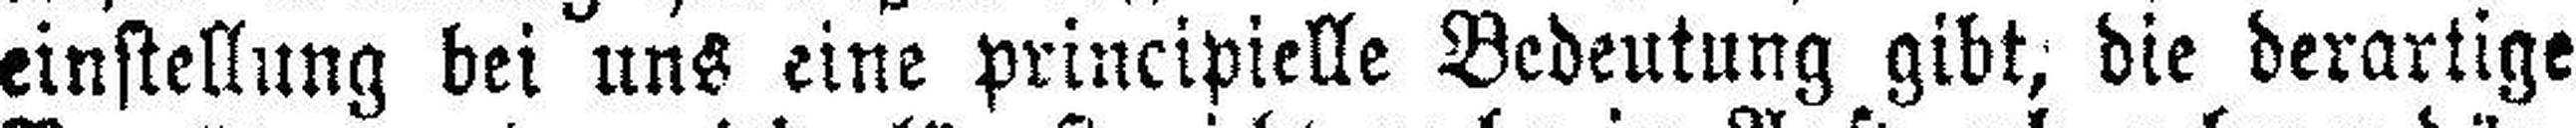
einstellung bei uns eine principielle Bedeutung gibt; die derartige